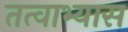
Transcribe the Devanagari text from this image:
तत्वाभ्यास